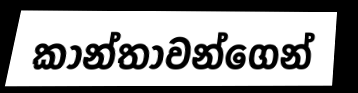
කාන්තාවන්ගෙන්